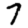
Digit: 7